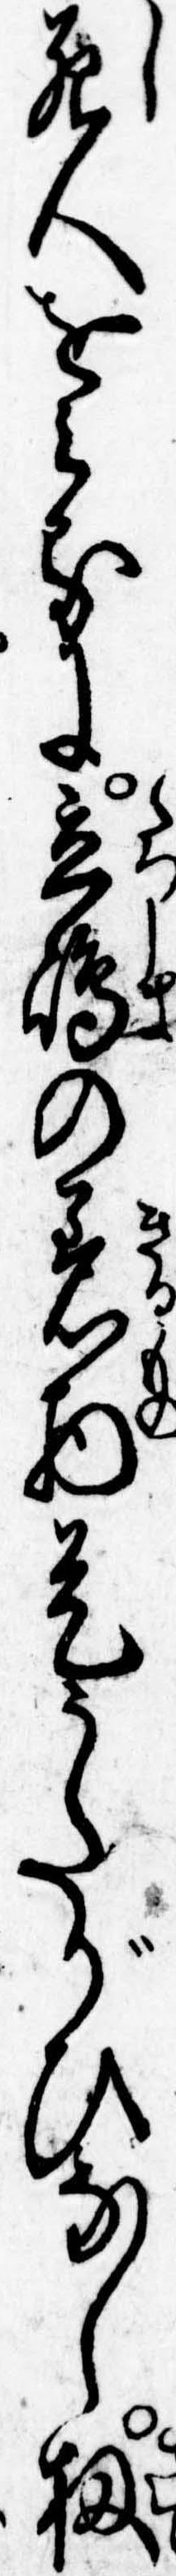
死人をみるに立島の着物是うたがひなし扨